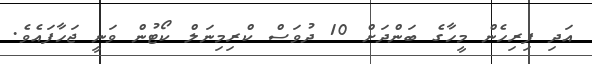
އަދި ފިރިހެން މީހާގެ ބަންދަށް 10 ދުވަސް ކްރިމިނަލް ކޯޓުން ވަނީ ޖަހާފައެވެ.